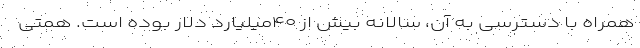
همراه با دسترسی به آن، سالانه بیش از ۴۰میلیارد دلار بوده است. همتی